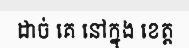
ដាច់ គេ នៅក្នុង ខេត្ត